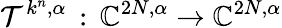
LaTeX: \mathcal{T}^{k^{n},\alpha}\, :\, \mathbb{C}^{2N,\alpha}\to\mathbb{C}^{2N,\alpha}